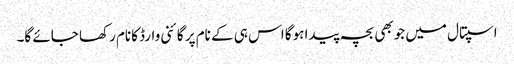
اسپتال میں جوبھی بچہ پیدا ہوگا اس ہی کے نام پر گائنی وارڈ کانام رکھا جائے گا۔